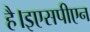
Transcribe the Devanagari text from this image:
है।इएसपीएन